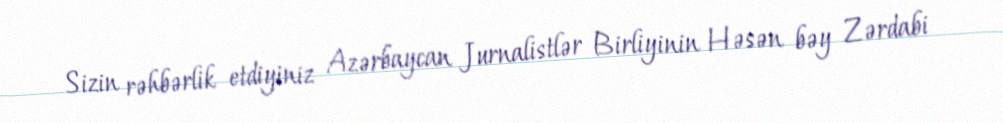
Sizin rəhbərlik etdiyiniz Azərbaycan Jurnalistlər Birliyinin Həsən bəy Zərdabi